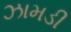
ઝામડી